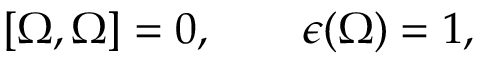
[ \Omega , \Omega ] = 0 , \qquad \epsilon ( \Omega ) = 1 ,